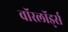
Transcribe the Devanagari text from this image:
वाॅरलाॅर्ड्स